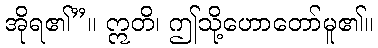
အိုရ၏”။ ဣတိ၊ ဤသို့ဟောတော်မူ၏။